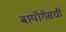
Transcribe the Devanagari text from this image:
बायॉगॅसची